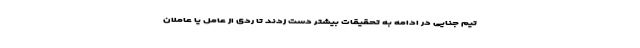
تیم جنایی در ادامه به تحقیقات بیشتر دست زدند تا ردی از عامل یا عاملان